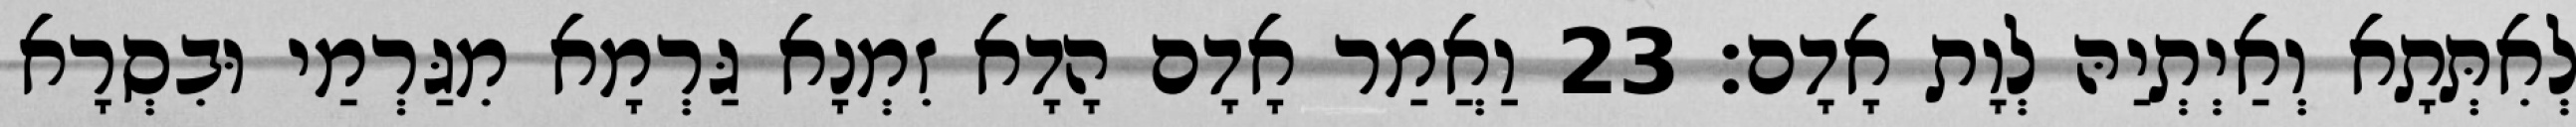
לְאִתְּתָא וְאַיְתְיַהּ לְוָת אָדָם׃ 23 וַאֲמַר אָדָם הָדָא זִמְנָא גַּרְמָא מִגַּרְמַי וּבִסְרָא